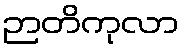
ဉာတိကုလာ